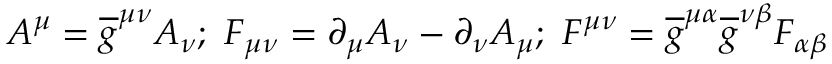
A ^ { \mu } = \overline { { { g } } } ^ { \mu \nu } A _ { \nu } ; \ F _ { \mu \nu } = \partial _ { \mu } A _ { \nu } - \partial _ { \nu } A _ { \mu } ; \ F ^ { \mu \nu } = \overline { { { g } } } ^ { \mu \alpha } \overline { { { g } } } ^ { \nu \beta } F _ { \alpha \beta }